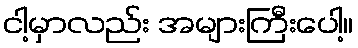
ငါ့မှာလည်း အများကြီးပေါ့။